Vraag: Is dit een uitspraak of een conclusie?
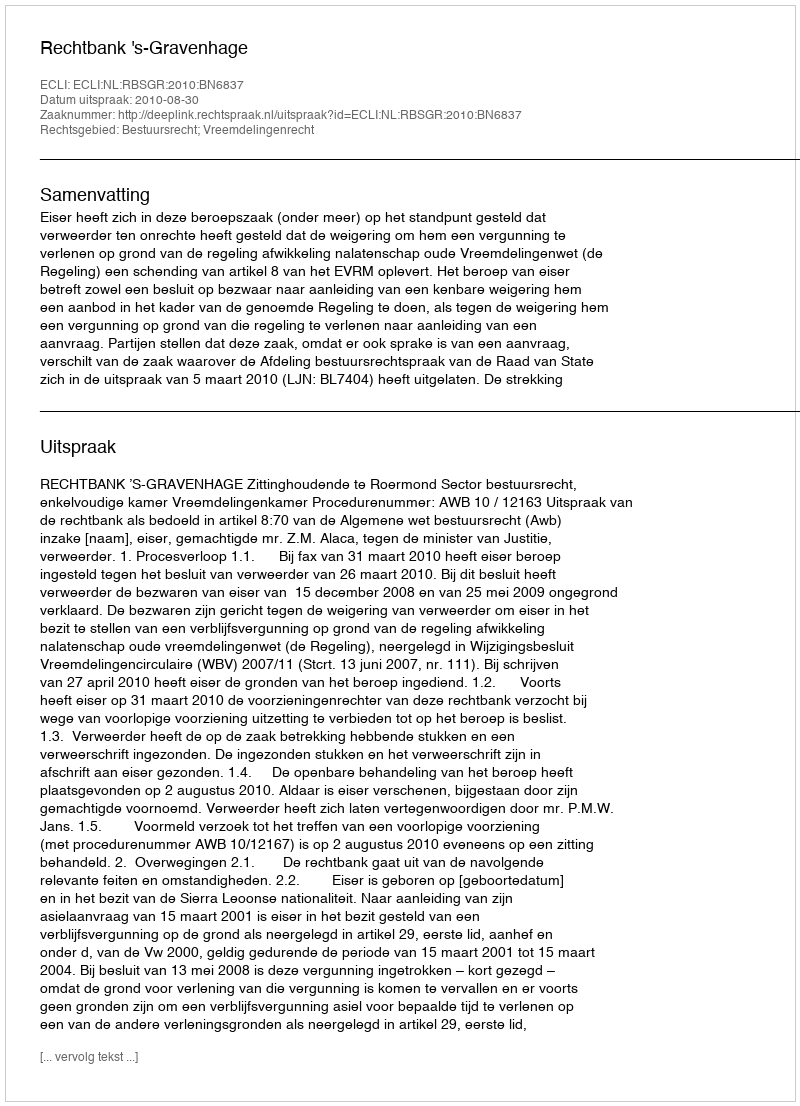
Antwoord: Uitspraak